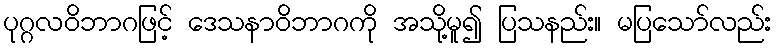
ပုဂ္ဂလဝိဘာဂဖြင့် ဒေသနာဝိဘာဂကို အသို့မူ၍ ပြသနည်း။ မပြသော်လည်း